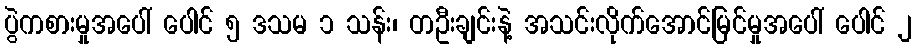
ပွဲကစားမှုအပေါ် ပေါင် ၅ ဒသမ ၁ သန်း၊ တဦးချင်းနဲ့ အသင်းလိုက်အောင်မြင်မှုအပေါ် ပေါင် ၂